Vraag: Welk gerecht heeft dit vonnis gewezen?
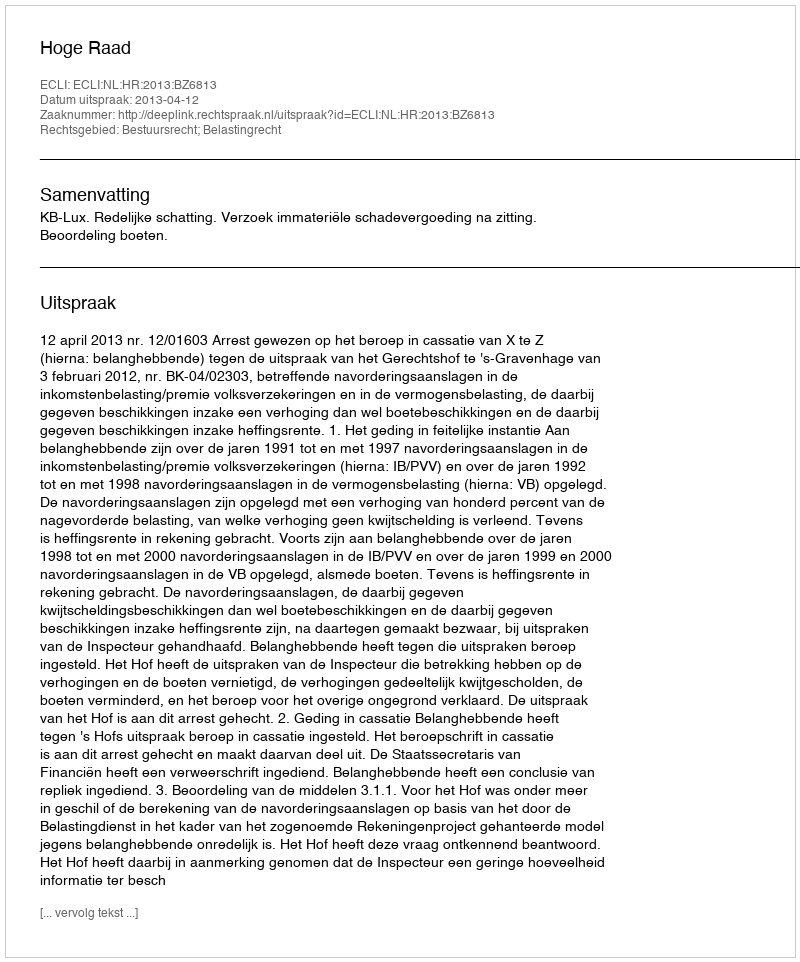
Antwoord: Hoge Raad